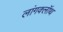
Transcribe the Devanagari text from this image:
लांगक्लॉथ